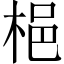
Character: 𱣝